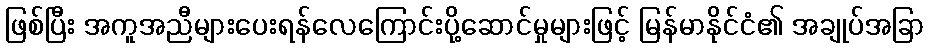
ဖြစ်ပြီး အကူအညီများပေးရန်လေကြောင်းပို့ဆောင်မှုများဖြင့် မြန်မာနိုင်ငံ၏ အချုပ်အခြာ